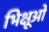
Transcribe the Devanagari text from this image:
भिक्षूओ